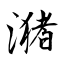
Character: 潴